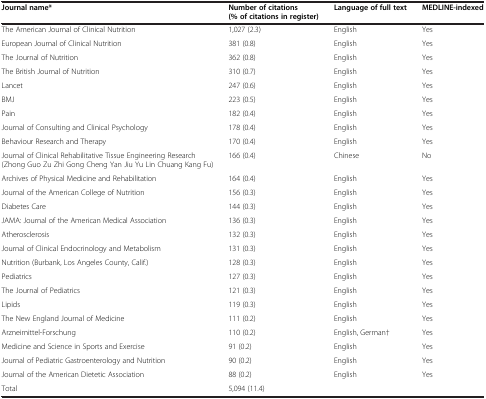
<table><thead><tr><td><b>Journal name*</b></td><td><b>Number of citations (% of citations in register)</b></td><td><b>Language of full text</b></td><td><b>MEDLINE-indexed</b></td></tr></thead><tbody><tr><td>The American Journal of Clinical Nutrition</td><td>1,027 (2.3)</td><td>English</td><td>Yes</td></tr><tr><td>European Journal of Clinical Nutrition</td><td>381 (0.8)</td><td>English</td><td>Yes</td></tr><tr><td>The Journal of Nutrition</td><td>362 (0.8)</td><td>English</td><td>Yes</td></tr><tr><td>The British Journal of Nutrition</td><td>310 (0.7)</td><td>English</td><td>Yes</td></tr><tr><td>Lancet</td><td>247 (0.6)</td><td>English</td><td>Yes</td></tr><tr><td>BMJ</td><td>223 (0.5)</td><td>English</td><td>Yes</td></tr><tr><td>Pain</td><td>182 (0.4)</td><td>English</td><td>Yes</td></tr><tr><td>Journal of Consulting and Clinical Psychology</td><td>178 (0.4)</td><td>English</td><td>Yes</td></tr><tr><td>Behaviour Research and Therapy</td><td>170 (0.4)</td><td>English</td><td>Yes</td></tr><tr><td>Journal of Clinical Rehabilitative Tissue Engineering Research (Zhong Guo Zu Zhi Gong Cheng Yan Jiu Yu Lin Chuang Kang Fu)</td><td>166 (0.4)</td><td>Chinese</td><td>No</td></tr><tr><td>Archives of Physical Medicine and Rehabilitation</td><td>164 (0.4)</td><td>English</td><td>Yes</td></tr><tr><td>Journal of the American College of Nutrition</td><td>156 (0.3)</td><td>English</td><td>Yes</td></tr><tr><td>Diabetes Care</td><td>144 (0.3)</td><td>English</td><td>Yes</td></tr><tr><td>JAMA: Journal of the American Medical Association</td><td>136 (0.3)</td><td>English</td><td>Yes</td></tr><tr><td>Atherosclerosis</td><td>132 (0.3)</td><td>English</td><td>Yes</td></tr><tr><td>Journal of Clinical Endocrinology and Metabolism</td><td>131 (0.3)</td><td>English</td><td>Yes</td></tr><tr><td>Nutrition (Burbank, Los Angeles County, Calif.)</td><td>128 (0.3)</td><td>English</td><td>Yes</td></tr><tr><td>Pediatrics</td><td>127 (0.3)</td><td>English</td><td>Yes</td></tr><tr><td>The Journal of Pediatrics</td><td>121 (0.3)</td><td>English</td><td>Yes</td></tr><tr><td>Lipids</td><td>119 (0.3)</td><td>English</td><td>Yes</td></tr><tr><td>The New England Journal of Medicine</td><td>111 (0.2)</td><td>English</td><td>Yes</td></tr><tr><td>Arzneimittel-Forschung</td><td>110 (0.2)</td><td>English, German†</td><td>Yes</td></tr><tr><td>Medicine and Science in Sports and Exercise</td><td>91 (0.2)</td><td>English</td><td>Yes</td></tr><tr><td>Journal of Pediatric Gastroenterology and Nutrition</td><td>90 (0.2)</td><td>English</td><td>Yes</td></tr><tr><td>Journal of the American Dietetic Association</td><td>88 (0.2)</td><td>English</td><td>Yes</td></tr><tr><td>Total</td><td>5,094 (11.4)</td><td> </td><td> </td></tr></tbody></table>